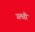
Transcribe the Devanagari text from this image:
गलही